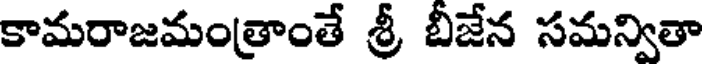
కామరాజమంత్రాంతే శ్రీ బీజేన సమన్వితా